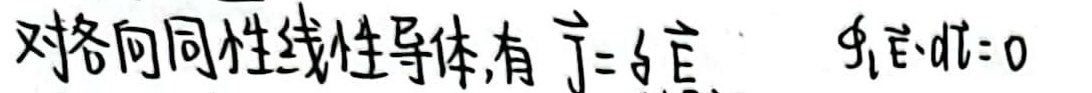
对各向同性线性导体，有\(\vec{j}=\sigma\vec{E}\)，\(\oint\vec{E}\cdot d\vec{l}=0\)